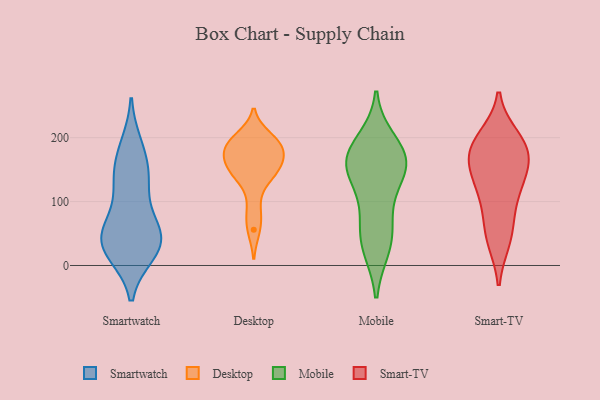
{"axis": {"x": "LTV (USD)", "y": "Value"}, "legend": ["Desktop", "Mobile", "Smart-TV", "Smartwatch"], "data": [{"x": "", "y": 125, "type": "Smartwatch"}, {"x": "", "y": 68, "type": "Smartwatch"}, {"x": "", "y": 22, "type": "Smartwatch"}, {"x": "", "y": 21, "type": "Smartwatch"}, {"x": "", "y": 186, "type": "Smartwatch"}, {"x": "", "y": 55, "type": "Smartwatch"}, {"x": "", "y": 136, "type": "Smartwatch"}, {"x": "", "y": 44, "type": "Smartwatch"}, {"x": "", "y": 136, "type": "Smartwatch"}, {"x": "", "y": 36, "type": "Smartwatch"}, {"x": "", "y": 174, "type": "Smartwatch"}, {"x": "", "y": 33, "type": "Smartwatch"}, {"x": "", "y": 43, "type": "Smartwatch"}, {"x": "", "y": 147, "type": "Desktop"}, {"x": "", "y": 160, "type": "Desktop"}, {"x": "", "y": 183, "type": "Desktop"}, {"x": "", "y": 185, "type": "Desktop"}, {"x": "", "y": 153, "type": "Desktop"}, {"x": "", "y": 157, "type": "Desktop"}, {"x": "", "y": 56, "type": "Desktop"}, {"x": "", "y": 187, "type": "Desktop"}, {"x": "", "y": 192, "type": "Desktop"}, {"x": "", "y": 85, "type": "Desktop"}, {"x": "", "y": 130, "type": "Desktop"}, {"x": "", "y": 200, "type": "Desktop"}, {"x": "", "y": 164, "type": "Mobile"}, {"x": "", "y": 192, "type": "Mobile"}, {"x": "", "y": 165, "type": "Mobile"}, {"x": "", "y": 162, "type": "Mobile"}, {"x": "", "y": 153, "type": "Mobile"}, {"x": "", "y": 160, "type": "Mobile"}, {"x": "", "y": 60, "type": "Mobile"}, {"x": "", "y": 30, "type": "Mobile"}, {"x": "", "y": 106, "type": "Mobile"}, {"x": "", "y": 37, "type": "Mobile"}, {"x": "", "y": 123, "type": "Smart-TV"}, {"x": "", "y": 188, "type": "Smart-TV"}, {"x": "", "y": 45, "type": "Smart-TV"}, {"x": "", "y": 116, "type": "Smart-TV"}, {"x": "", "y": 199, "type": "Smart-TV"}, {"x": "", "y": 158, "type": "Smart-TV"}, {"x": "", "y": 41, "type": "Smart-TV"}, {"x": "", "y": 179, "type": "Smart-TV"}, {"x": "", "y": 138, "type": "Smart-TV"}, {"x": "", "y": 168, "type": "Smart-TV"}, {"x": "", "y": 78, "type": "Smart-TV"}, {"x": "", "y": 188, "type": "Smart-TV"}]}